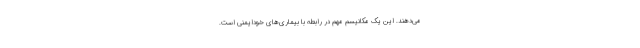
می‌دهند. این یک مکانیسم مهم در رابطه با بیماری‌های خودایمنی است.